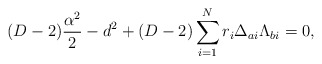
\begin{align*}(D-2){\alpha^2\over2}-d^2+(D-2)\sum_{i=1}^Nr_i\Delta_{ai}\Lambda_{bi}=0,\end{align*}